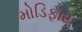
મોડિફાય